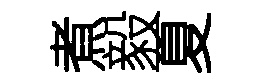
煮毅夏